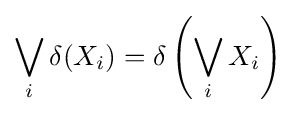
\bigvee _{i}\delta (X_{i})=\delta \left(\bigvee _{i}X_{i}\right)